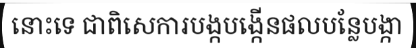
នោះទេ ជាពិសេការបង្កបង្កើនផលបន្លែបង្កា